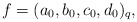
\begin{align*}f = (a_0,b_0,c_0,d_0)_q,\end{align*}